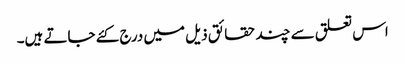
اس تعلق سے چند حقائق ذیل میں درج کئے جاتے ہیں۔